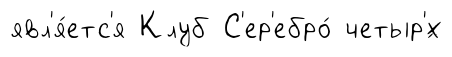
явл'я́етс'я Клуб С'ер'ебро́ четыр'́х